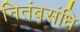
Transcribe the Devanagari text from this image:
नितंबसंधि